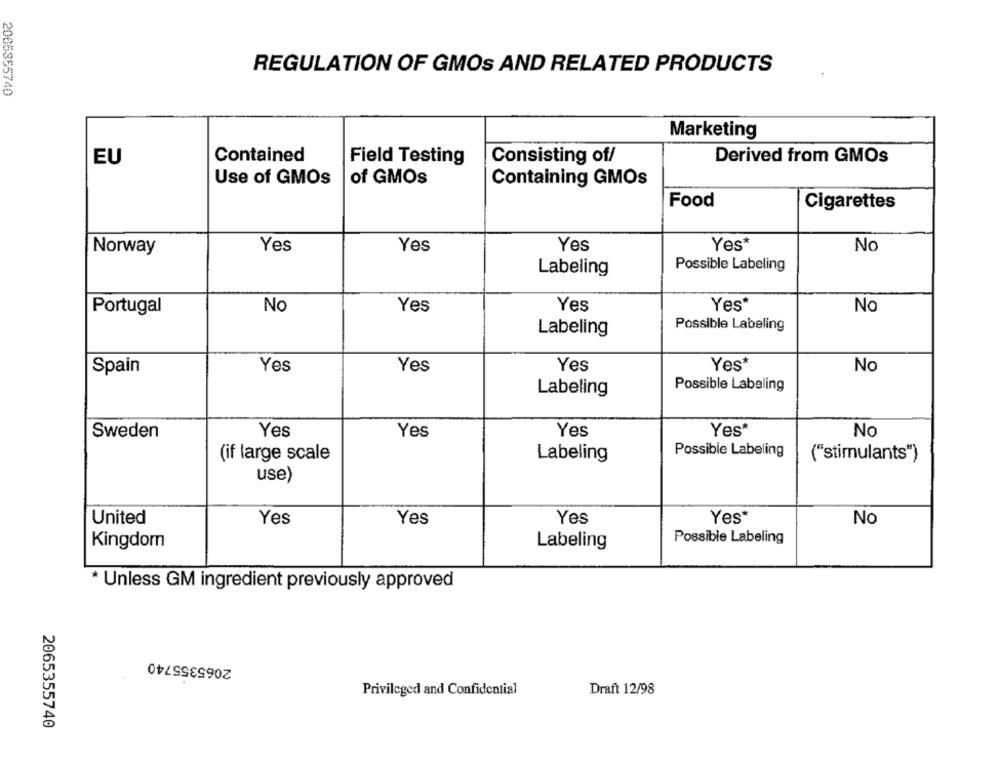
REGULATION OF GMOS AND RELATED PRODUCTS
2005355740
Marketing
EU
Contained
Field Testing
Consisting of/
Derived from GMOs
Use of GMOs
of GMOS
Containing GMOs
Food
Cigarettes
Yes*
Norway
Yes
Yes
Yes
No
Possible Labeling
Labeling
Yes*
Portugal
No
Yes
Yes
No
Possible Labeling
Labeling
Yes*
No
Spain
Yes
Yes
Yes
Possible Labeling
Labeling
Sweden
Yes
Yes
Yes
Yes*
No
(if large scale
Possible Labeling
("stimulants")
Labeling
use)
United
Yes
Yes
Yes
Yes*
No
Possible Labeling
Kingdom
Labeling
* Unless GM ingredient previously approved
2065355740
Privileged and Confidential
Draft 12/98
2065355740